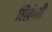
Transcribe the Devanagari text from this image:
लिथ्रेसी